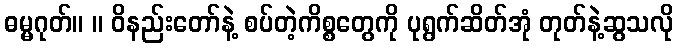
ဓမ္မဂုတ်။ ။ ဝိနည်းတော်နဲ့ စပ်တဲ့ကိစ္စတွေကို ပုရွက်ဆိတ်အုံ တုတ်နဲ့ဆွသလို